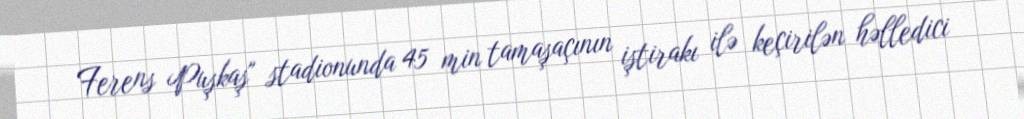
Ferens Puşkaş" stadionunda 45 min tamaşaçının iştirakı ilə keçirilən həlledici